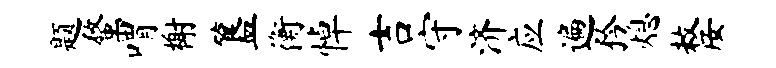
题蝥喟榭簋衡悼吉守济应遍矜熄嫠